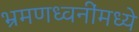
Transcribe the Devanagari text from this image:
भ्रमणध्वनींमध्ये